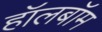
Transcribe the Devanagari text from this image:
हॉलबॉम